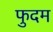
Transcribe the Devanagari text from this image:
फुदम